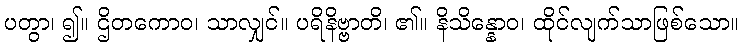
ပတွာ၊ ၍။ ဌိတကောဝ၊ သာလျှင်။ ပရိနိဗ္ဗာတိ၊ ၏။ နိသိန္နောဝ၊ ထိုင်လျက်သာဖြစ်သော။